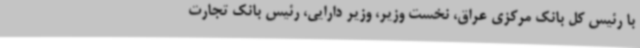
با رئیس کل بانک مرکزی عراق، نخست وزیر، وزیر دارایی، رئیس بانک تجارت